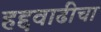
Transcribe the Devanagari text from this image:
हद्दवाढीचा